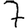
Digit: 7